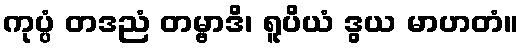
ကုပ္ပံ တဒညံ တမ္ဗာဒိ၊ ရူပိယံ ဒွယ မာဟတံ။